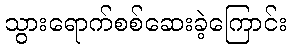
သွားရောက်စစ်ဆေးခဲ့ကြောင်း